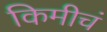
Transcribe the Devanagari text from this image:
किमीचं